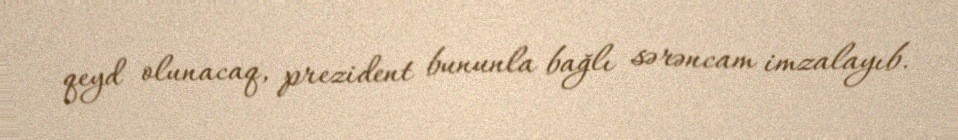
qeyd olunacaq, prezident bununla bağlı sərəncam imzalayıb.